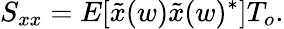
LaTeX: S_{xx}=E[{\tilde{x}}(w)\tilde{x}(w)^{*}]T_{o}.